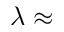
\lambda \approx